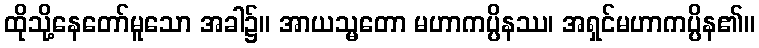
ထိုသို့နေတော်မူသော အခါ၌။ အာယသ္မတော မဟာကပ္ပိနဿ၊ အရှင်မဟာကပ္ပိန၏။